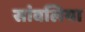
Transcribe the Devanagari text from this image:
सांवलिया